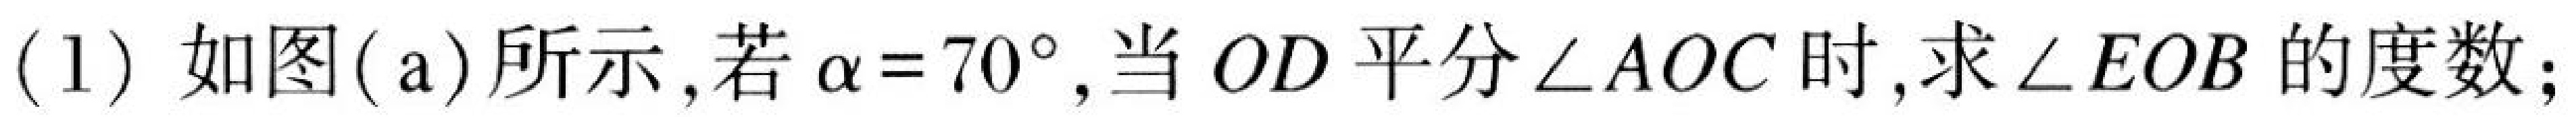
(1) 如图(a)所示,若\(\alpha = 70^{\circ}\),当 \(OD\)平分\(\angle AOC\)时,求\(\angle EOB\)的度数;